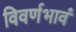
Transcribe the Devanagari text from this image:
विवर्णभावं